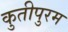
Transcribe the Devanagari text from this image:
कुतीपुरम